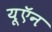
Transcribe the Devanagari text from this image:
यूऍन